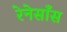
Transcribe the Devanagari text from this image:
रेनेसाँस